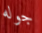
جوله